Vaccine operations Central Provinces 1868-1885 - 1868-1885
Year: 1868
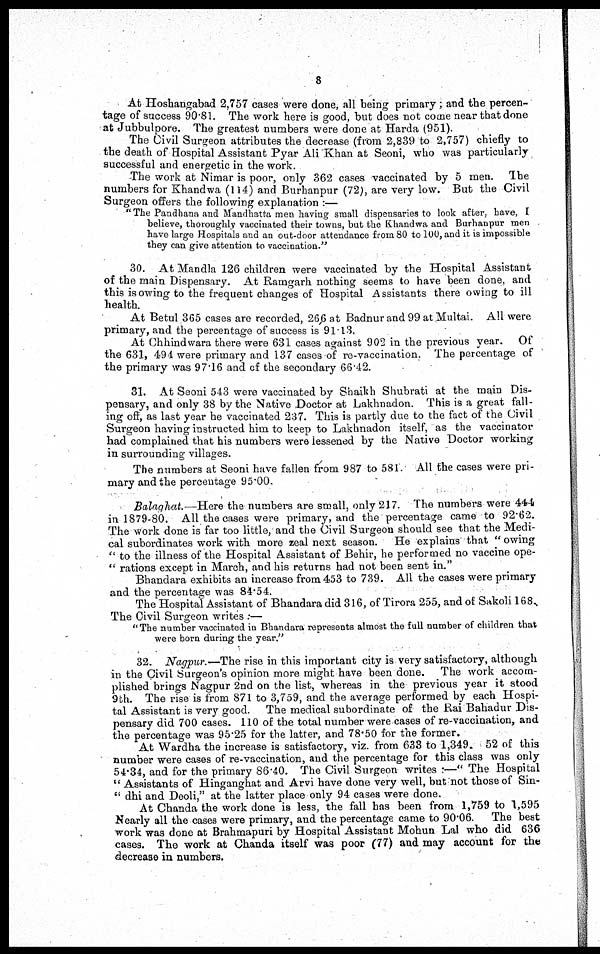
8
At Hoshangabad 2,757 cases were done, all being primary; and the percen-
tage of success 90.81. The work here is good, but does not come near that done
at Jubbulpore. The greatest numbers were done at Harda (951).
The Civil Surgeon attributes the decrease (from 2,839 to 2,757) chiefly to
the death of Hospital Assistant Pyar Ali Khan at Seoni, who was particularly
successful and energetic in the work.
The work at Nimar is poor, only 362 cases vaccinated by 5 men. The
numbers for Khandwa (114) and Burhanpur (72), are very low. But the Civil
Surgeon offers the following explanation :—
" The Pandhana and Mandhatta men having small dispensaries to look after, have, I
believe, thoroughly vaccinated their towns, but the Khandwa and Burhanpur men
have large Hospitals and an out-door attendance from 80 to 100, and it is impossible
they can give attention to vaccination."
30. At Mandla 126 children were vaccinated by the Hospital Assistant
of the main Dispensary. At Ramgarh nothing seems to have been done, and
this is owing to the frequent changes of Hospital Assistants there owing to ill
health.
At Betul,365 cases are recorded, 266 at Badnur and 99 at Multai. All were
primary, and the percentage of success is 91.13.
At Chhindwara there were 631 cases against 902 in the previous year. Of
the 631, 494 were primary and 137 cases of re-vaccination. The percentage of
the primary was 97.16 and of the secondary 66.42.
31. At Seoni 543 were vaccinated by Shaikh Shubrati at the main Dis-
pensary, and only 38 by the Native Doctor at Lakhnadon. This is a great fall-
ing off, as last year he vaccinated 237. This is partly due to the fact of the Civil
Surgeon having instructed him to keep to Lakhnadon itself, as the vaccinator
had complained that his numbers were lessened by the Native Doctor working
in surrounding villages.
The numbers at Seoni have fallen from 987 to 581. All the cases were pri-
mary and the percentage 95.00.
Balaghat.—Here the numbers are small, only 217. The numbers were 444
in 1879-80. All the cases were primary, and the percentage came to 92.62.
The work done is far too little, and the Civil Surgeon should see that the Medi-
cal subordinates work with more zeal next season. He explains that "owing
" to the illness of the Hospital Assistant of Behir, he performed no vaccine ope-
" rations except in March, and his returns had not been sent in."
Bhandara exhibits an increase from 453 to 739. All the cases were primary
and the percentage was 84.54.
The Hospital Assistant of Bhandara did 316, of Tirora 255, and of Sakoli 168.
The Civil Surgeon writes :—
" The number vaccinated in Bhandara represents almost the full number of children that
were born during the year."
32. Nagpur.—The rise in this important city is very satisfactory, although
in the Civil Surgeon's opinion more might have been done. The work accom-
plished brings Nagpur 2nd on the list, whereas in the previous year it stood
9th. The rise is from 871 to 3,759, and the average performed by each Hospi-
tal Assistant is very good. The medical subordinate of the Rai Bahadur Dis-
pensary did 700 cases. 110 of the total number were cases of re-vaccination, and
the percentage was 95.25 for the latter, and 78.50 for the former.
At Wardha the increase is satisfactory, viz. from 633 to 1,349. 52 of this
number were cases of re-vaccination, and the percentage for this class was only
54.34, and for the primary 86.40. The Civil Surgeon writes :—" The Hospital
" Assistants of Hinganghat and Arvi have done very well, but not those of Sin-
" dhi and Deoli," at the latter place only 94 cases were done.
At Chanda the work done is less, the fall has been from 1,759 to 1,595
Nearly all the cases were primary, and the percentage came to 90.06. The best
work was done at Brahmapuri by Hospital Assistant Mohun Lal who did 636
cases. The work at Chanda itself was poor (77) and may account for the
decrease in numbers.